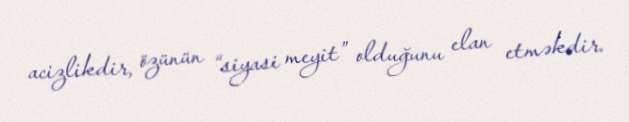
acizlikdir, özünün “siyasi meyit” olduğunu elan etməkdir.